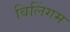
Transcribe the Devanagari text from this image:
विलिंगम